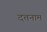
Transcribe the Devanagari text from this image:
दत्तनाम